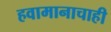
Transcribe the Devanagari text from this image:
हवामानाचाही